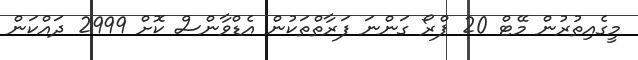
މީގެއިތުރުން މޭޓް 20 ޕްރޯ ގަންނަ ފަރާތްތަކުން އެޑްވާންސް ކޮށް 2999 ދައްކަން